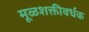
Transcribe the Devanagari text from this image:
मूळशक्तीवर्धक